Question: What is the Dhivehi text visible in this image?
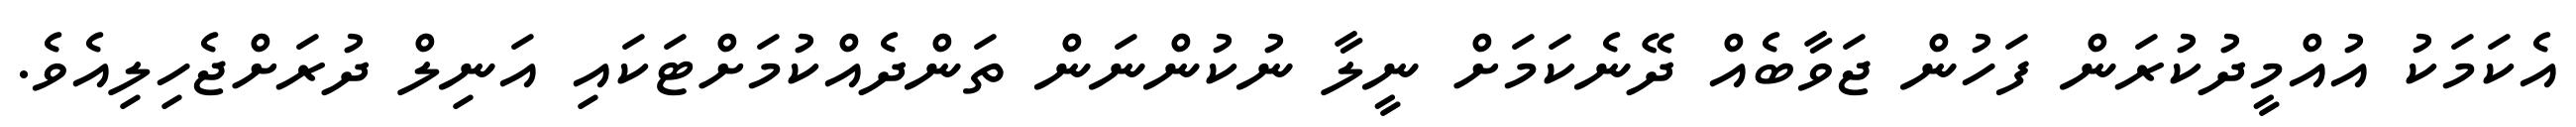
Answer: އެކަމަކު އުއްމީދުކުރަން ފަހުން ޖަވާބެއް ދޭނެކަމަށް ނީލާ ނުކުންނަން ތަންދެއްކުމަށްޓަކައި އަނިލް ދުރަށްޖެހިލިއެވެ.